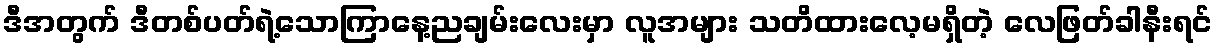
ဒီအတွက် ဒီတစ်ပတ်ရဲ့သောကြာနေ့ညချမ်းလေးမှာ လူအများ သတိထားလေ့မရှိတဲ့ လေဖြတ်ခါနီးရင်